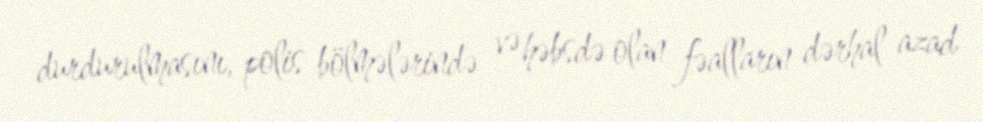
durdurulmasını, polis bölmələrində və həbsdə olan fəalların dərhal azad